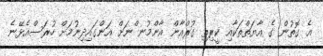
އެ ގޮތުން ގެ އާޔަތްތަކާއި ކީރިތި ގުރްއާން އާންމުނ ްނަށް އަންގައިދިނުމަށް ހުރަސްއެޅޭނެ